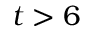
t > 6